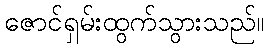
ဇောင်ရှမ်းထွက်သွားသည်။